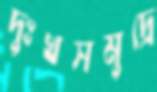
দুঃখসমুদ্রে